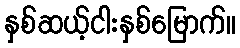
နှစ်ဆယ့်ငါးနှစ်မြောက်။